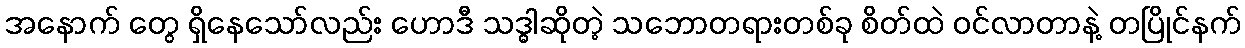
အနောက် တွေ ရှိနေသော်လည်း ဟောဒီ သဒ္ဓါဆိုတဲ့ သဘောတရားတစ်ခု စိတ်ထဲ ဝင်လာတာနဲ့ တပြိုင်နက်